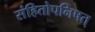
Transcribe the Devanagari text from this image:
संहितोपनिषत्